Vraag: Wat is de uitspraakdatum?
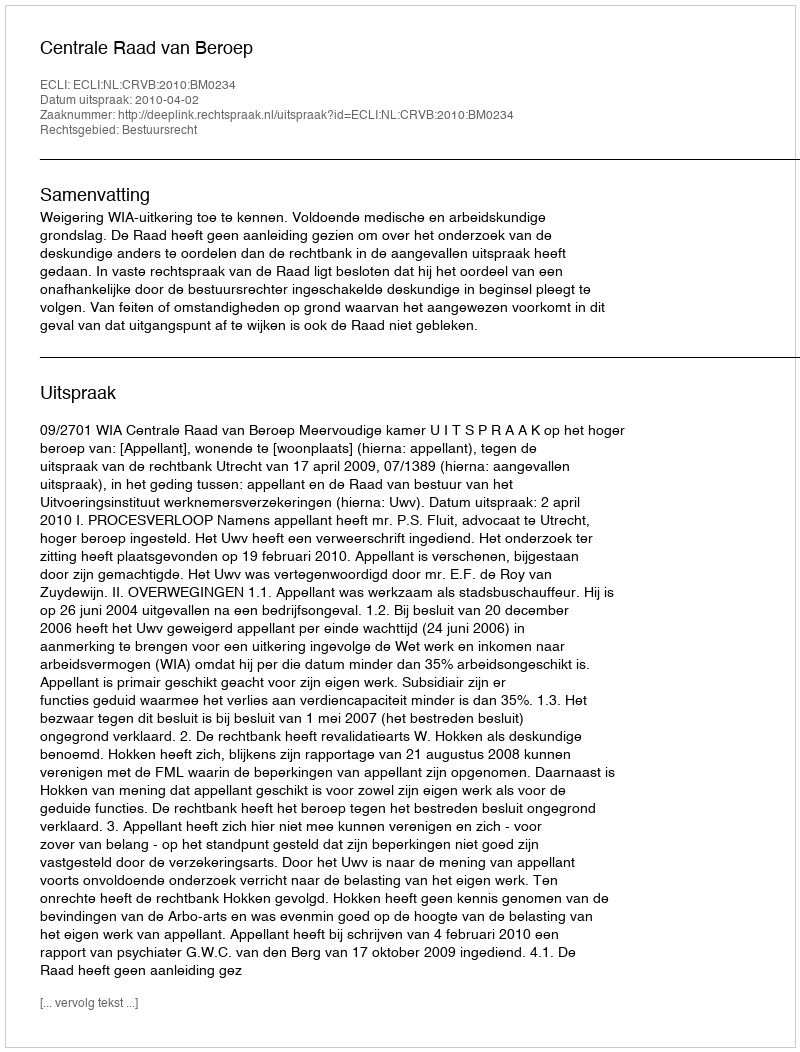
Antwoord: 2010-04-02